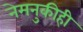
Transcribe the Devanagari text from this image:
नेमनुकीही